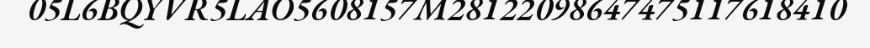
05L6BQYVR5LAO5608157M28122098647475117618410